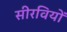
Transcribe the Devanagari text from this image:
सीरवियों